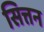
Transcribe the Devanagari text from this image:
सित्तन